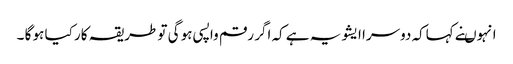
انہوںنے کہاکہ دوسرا ایشو یہ ہے کہ اگر رقم واپسی ہو گی تو طریقہ کار کیا ہو گا ۔